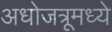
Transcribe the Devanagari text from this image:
अधोजत्रूमध्ये